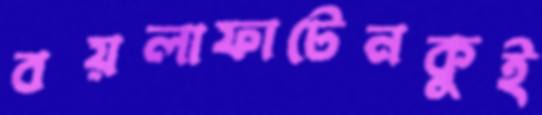
বয়লাফাটেনকুই